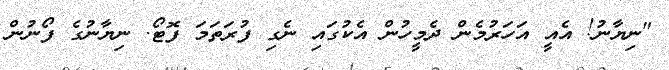
"ނިޔާނު! އެއީ އަހަރުމެން ދެމީހުން އެކުގައި ނެގި ފުރަތަމަ ފޮޓޯ. ނިޔާނުގެ ފޯނުން